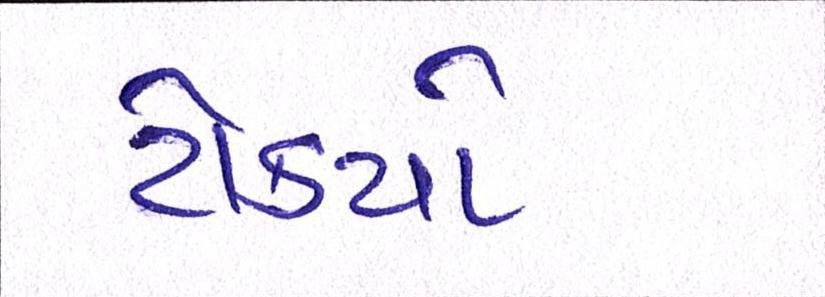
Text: ટોક્યો